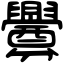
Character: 釁